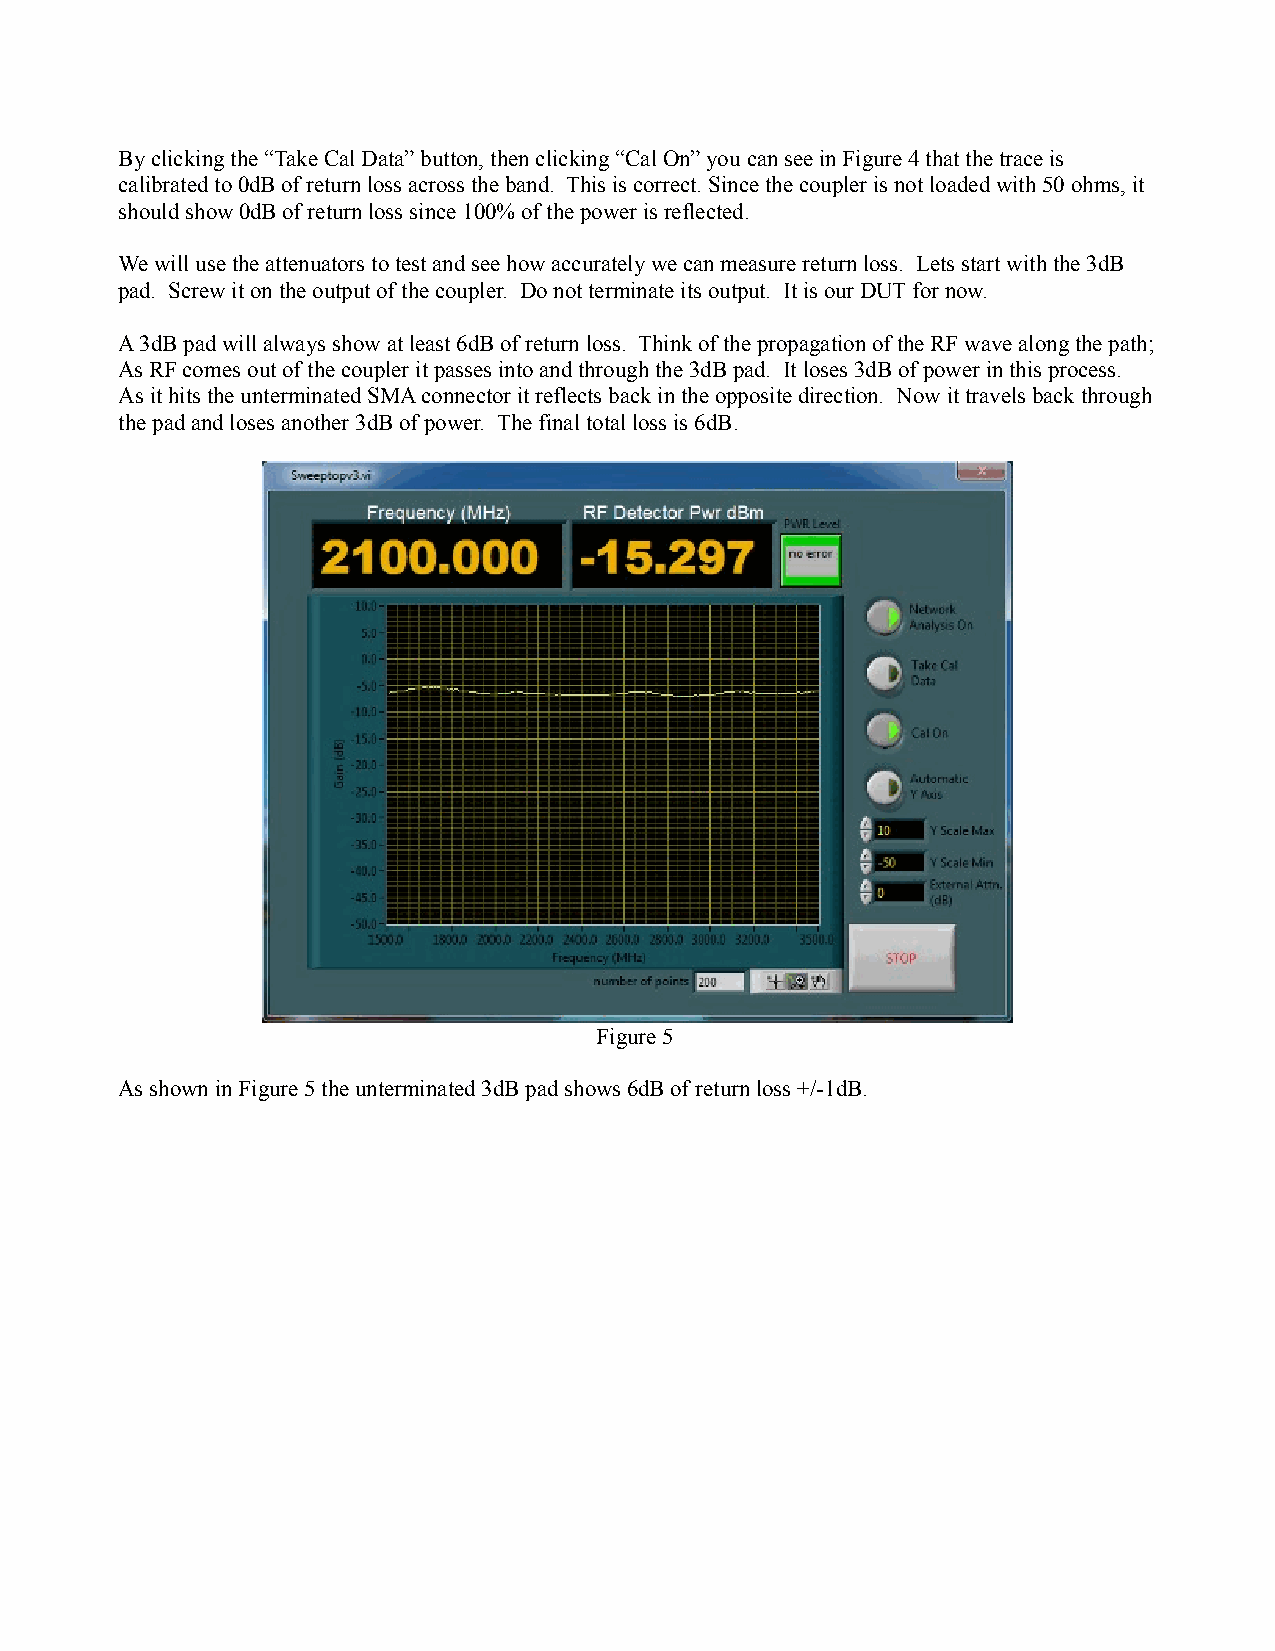
By clicking the “Take Cal Data” button, then clicking “Cal On” you can see in Figure 4 that the trace is
 calibrated to 0dB of return loss across the band. This is correct. Since the coupler is not loaded with 50 ohms, it
 should show 0dB of return loss since 100% of the power is reflected.
 We will use the attenuators to test and see how accurately we can measure return loss. Lets start with the 3dB
 pad. Screw it on the output of the coupler. Do not terminate its output. It is our DUT for now.
 A 3dB pad will always show at least 6dB of return loss. Think of the propagation of the RF wave along the path;
 As RF comes out of the coupler it passes into and through the 3dB pad. It loses 3dB of power in this process.
 As it hits the unterminated SMA connector it reflects back in the opposite direction. Now it travels back through
 the pad and loses another 3dB of power. The final total loss is 6dB.
 Figure 5
 As shown in Figure 5 the unterminated 3dB pad shows 6dB of return loss +/-1dB.